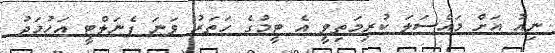
ނިއު އަށް މައްސަލަ ކުރިމަތިވީ އެ ޓީމުގެ ހަތަރު ވަނަ ޕެނަލްޓީ އަހުމަދު